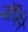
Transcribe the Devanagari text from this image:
जॉर्जिने